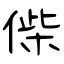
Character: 偨